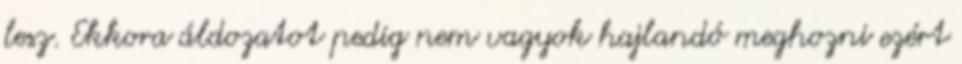
lesz. Ekkora áldozatot pedig nem vagyok hajlandó meghozni ezért